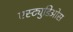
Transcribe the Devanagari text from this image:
एस्ट्युडिओस